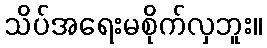
သိပ်အရေးမစိုက်လှဘူး။